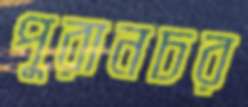
পুরানচর